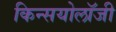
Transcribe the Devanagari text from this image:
किन्सयोलॉजी